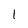
Character: I